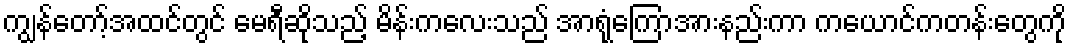
ကျွန်တော့်အထင်တွင် မေရီဆိုသည့် မိန်းကလေးသည် အာရုံကြောအားနည်းကာ ကယောင်ကတန်းတွေကို